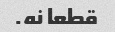
قطعا نه.